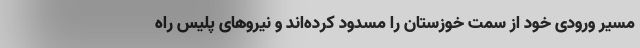
مسیر ورودی خود از سمت خوزستان را مسدود کرده‌اند و نیروهای پلیس راه